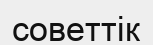
советтік